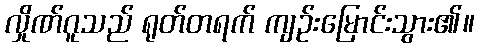
လှိုဏ်ဂူသည် ရုတ်တရက် ကျဉ်းမြောင်းသွား၏။